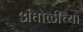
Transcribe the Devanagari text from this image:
अंघोळीच्या